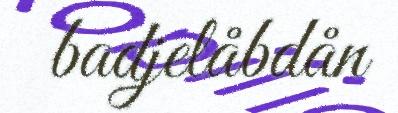
badjelåbdån